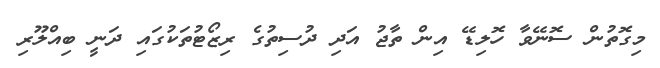
މިގޮތުން ސޮނޭވާ ހޮލިޑޭ އިން ތާޖު އަދި ދުސިތުގެ ރިޒޯޓުތަކުގައި ދަނީ ބިއްލޫރި